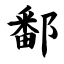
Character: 鄱